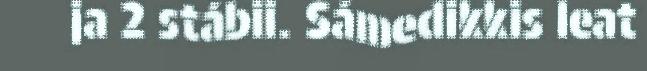
ja 2 stábii. Sámedikkis leat